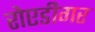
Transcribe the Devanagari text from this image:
रोएडीगर